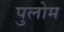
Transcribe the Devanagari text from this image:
पुलोम